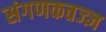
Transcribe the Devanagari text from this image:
संगणकतज्‍ज्ञ